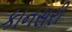
કાનસરી